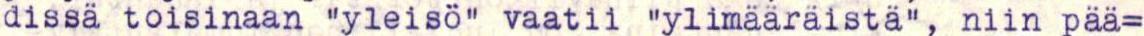
dissä toisinaan "yleisö" vaatii "ylimääräistä", niin pää=